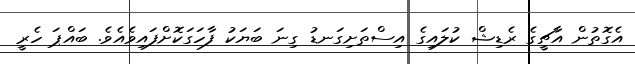
އެގޮތުން އާޗީގެ ރެޑިޝް ކުލައިގެ އިސްތަށިގަނޑު ގިނަ ބަޔަކު ފާހަގަކޮށްފައިވެއެވެ. ބައްޕަ ހެރީ